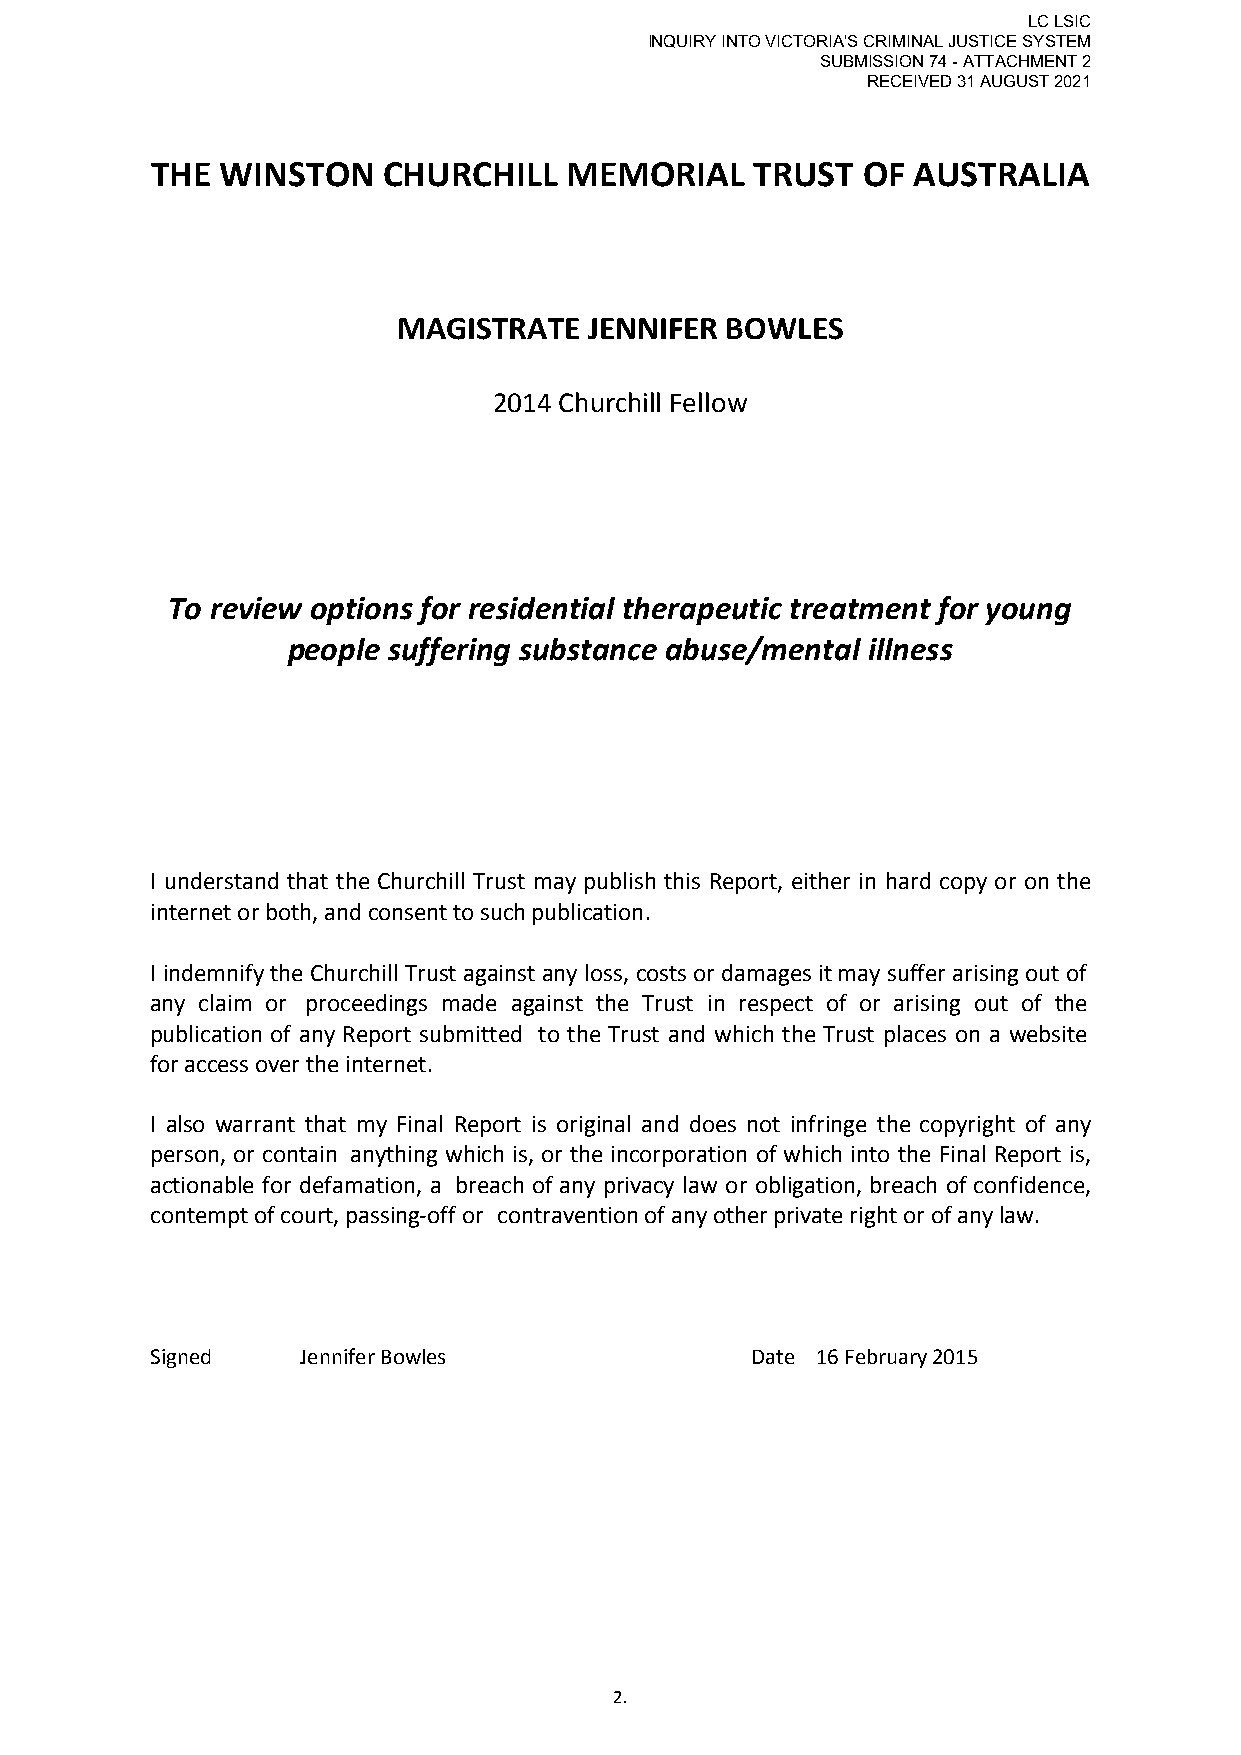
LC LSIC
 INQUIRY INTO VICTORIA'S CRIMINAL JUSTICE SYSTEM
 SUBMISSION 74 - ATTACHMENT 2
 RECEIVED 31 AUGUST 2021
 THE  WINSTON   CHURCHILL   MEMORIAL     TRUST  OF AUSTRALIA
 MAGISTRATE   JENNIFER BOWLES
 2014 Churchill Fellow
 To review options for residential therapeutic treatment for young
 people suffering substance abuse/mental illness
 I understand that the Churchill Trust may publish this Report, either in hard copy or on the
 internet or both, and consent to such publication.
 I indemnify the Churchill Trust against any loss, costs or damages it may suffer arising out of
 any claim or proceedings made against the Trust in respect of or arising out of the
 publication of any Report submitted to the Trust and which the Trust places on a website
 for access over the internet.
 I also warrant that my Final Report is original and does not infringe the copyright of any
 person, or contain anything which is, or the incorporation of which into the Final Report is,
 actionable for defamation, a breach of any privacy law or obligation, breach of confidence,
 contempt of court, passing-off or contravention of any other private right or of any law.
 Signed    Jennifer Bowles               Date 16 February 2015
 2.